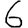
Digit: 6